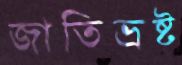
জাতিভ্রষ্ট